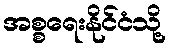
အစ္စရေးနိုင်ငံသို့